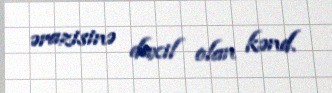
ərazisinə daxil olan kənd.